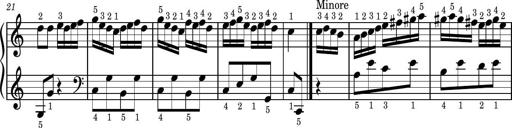
Title: Easy Progressive Lessons and 4 Sonatinas
Composer: Thomas Attwood